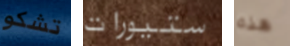
تشكو ستيورات هذه